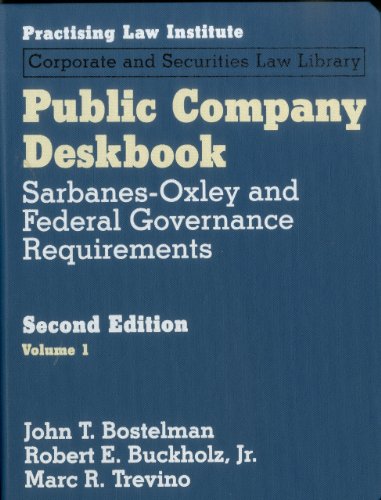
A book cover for Public Company Deskbook: Sarbanes-Oxley and Federal Governance Requirements (3 Volume Set); John T. Bostelman; Law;